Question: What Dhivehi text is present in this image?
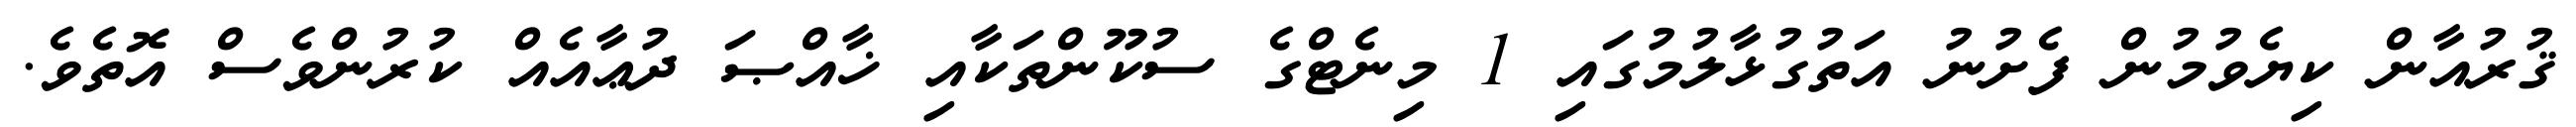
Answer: ޤުރުއާން ކިޔެވުމުން ފެށުނު އަތުގުޅާލުމުގައި 1 މިނެޓްގެ ސުކޫންތަކާއި ޚާއްޞަ ދުޢާއެއް ކުރުންވެސް އޮތެވެ.